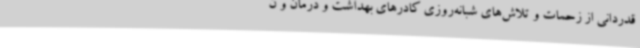
قدردانی از زحمات و تلاش‌های شبانه‌روزی کادرهای بهداشت و درمان و ن